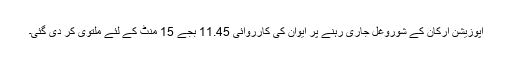
اپوزیشن ارکان کے شوروغل جاری رہنے پر ایوان کی کارروائی 11.45 بجے 15 منٹ کے لئے ملتوی کر دی گئی۔